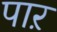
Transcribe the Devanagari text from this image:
पाऱ